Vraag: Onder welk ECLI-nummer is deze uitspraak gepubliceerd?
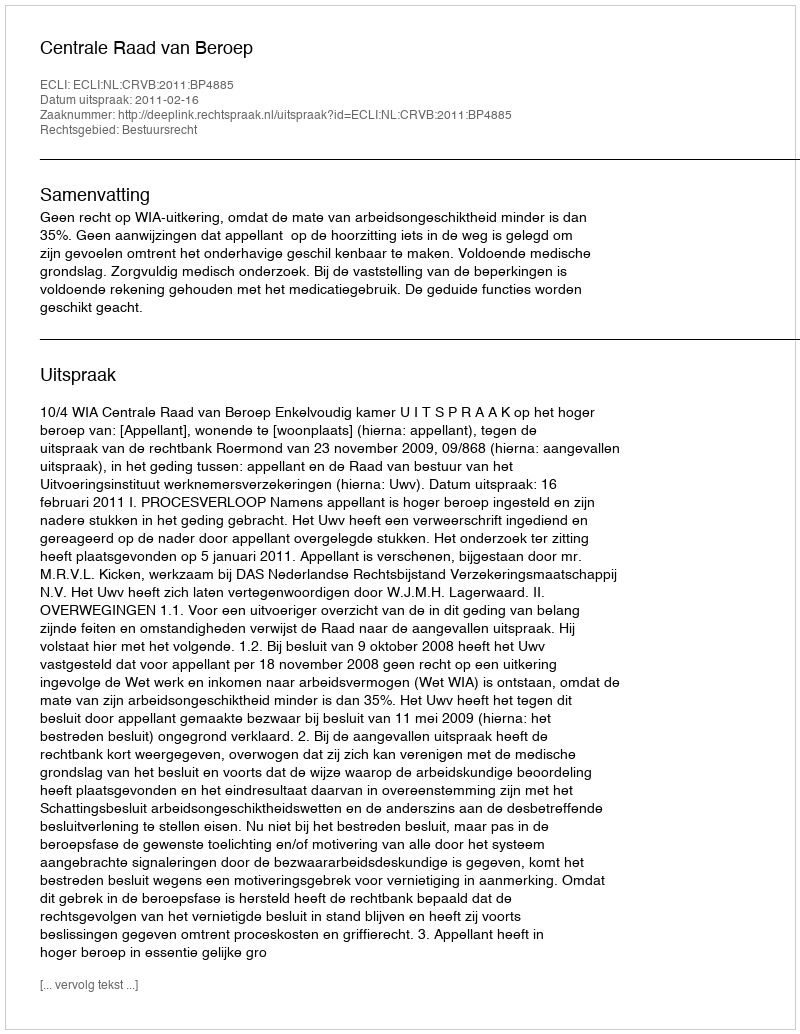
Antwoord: ECLI:NL:CRVB:2011:BP4885